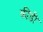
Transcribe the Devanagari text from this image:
कीडी